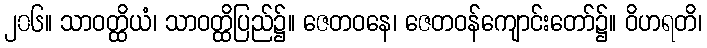
၂၀၆။ သာဝတ္ထိယံ၊ သာဝတ္ထိပြည်၌။ ဇေတဝနေ၊ ဇေတဝန်ကျောင်းတော်၌။ ဝိဟရတိ၊